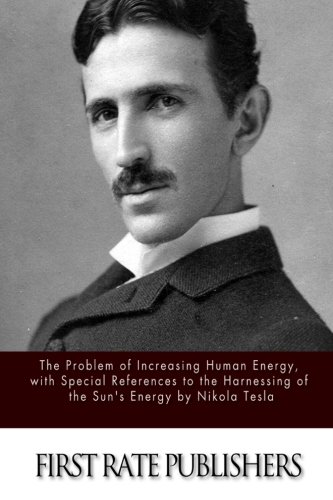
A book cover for The Problem of Increasing Human Energy; Nikola Tesla; Science & Math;